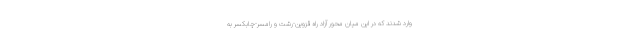
وارد شدند که در این میان محور آزاد راه قزوین-رشت و رامسر-چابکسر به